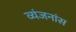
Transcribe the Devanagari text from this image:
व्यंजनांस